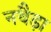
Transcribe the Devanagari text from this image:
नथैड़ा